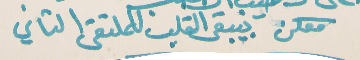
معكن بيبقى القلب للملتقى التاني